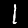
Label: 1